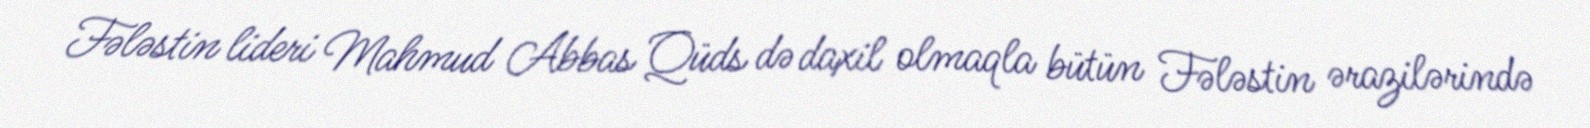
Fələstin lideri Mahmud Abbas Qüds də daxil olmaqla bütün Fələstin ərazilərində